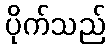
ပိုက်သည်